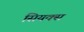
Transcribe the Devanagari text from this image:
सियक्स